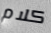
كلام